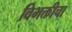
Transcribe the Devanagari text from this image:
विभक्तीचा